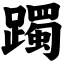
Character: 躅